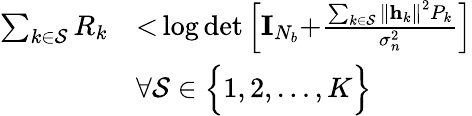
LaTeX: \begin{array}{rl}{\sum_{k\in\mathcal{S}}R_{k}}&{{<}\log\operatorname*{det}\left[\mathbf{I}_{N_{b}}{+}\frac{\sum_{k\in\mathcal{S}}\left\| \mathbf{h}_{k}\right\| ^{2}P_{k}}{\sigma_{n}^{2}}\right]}\\ &{\forall\mathcal{S}\in\Bigl\{ 1,2,\ldots,K\Bigr\} }\end{array}